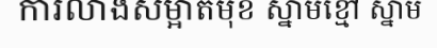
ការលាងសម្អាតមុខ ស្នាមខ្មៅ ស្នាម